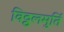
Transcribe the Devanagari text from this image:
विठ्ठलमुर्ति